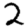
Digit: 2